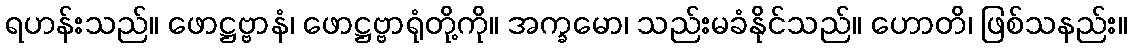
ရဟန်းသည်။ ဖောဋ္ဌဗ္ဗာနံ၊ ဖောဋ္ဌဗ္ဗာရုံတို့ကို။ အက္ခမော၊ သည်းမခံနိုင်သည်။ ဟောတိ၊ ဖြစ်သနည်း။